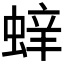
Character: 𮔝